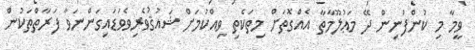
ވީމާ މި ކުންފުނިން ދޭ މަޢުލޫމާތާ އެއްގޮތަށް މިތަކެތި ވިއްކުމަށް ޝައުޤުވެރިވެވަޑައިގަންނަވާ ފަރާތްތަކުން